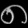
Digit: ၈